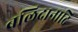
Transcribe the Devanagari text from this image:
बलिदानादि